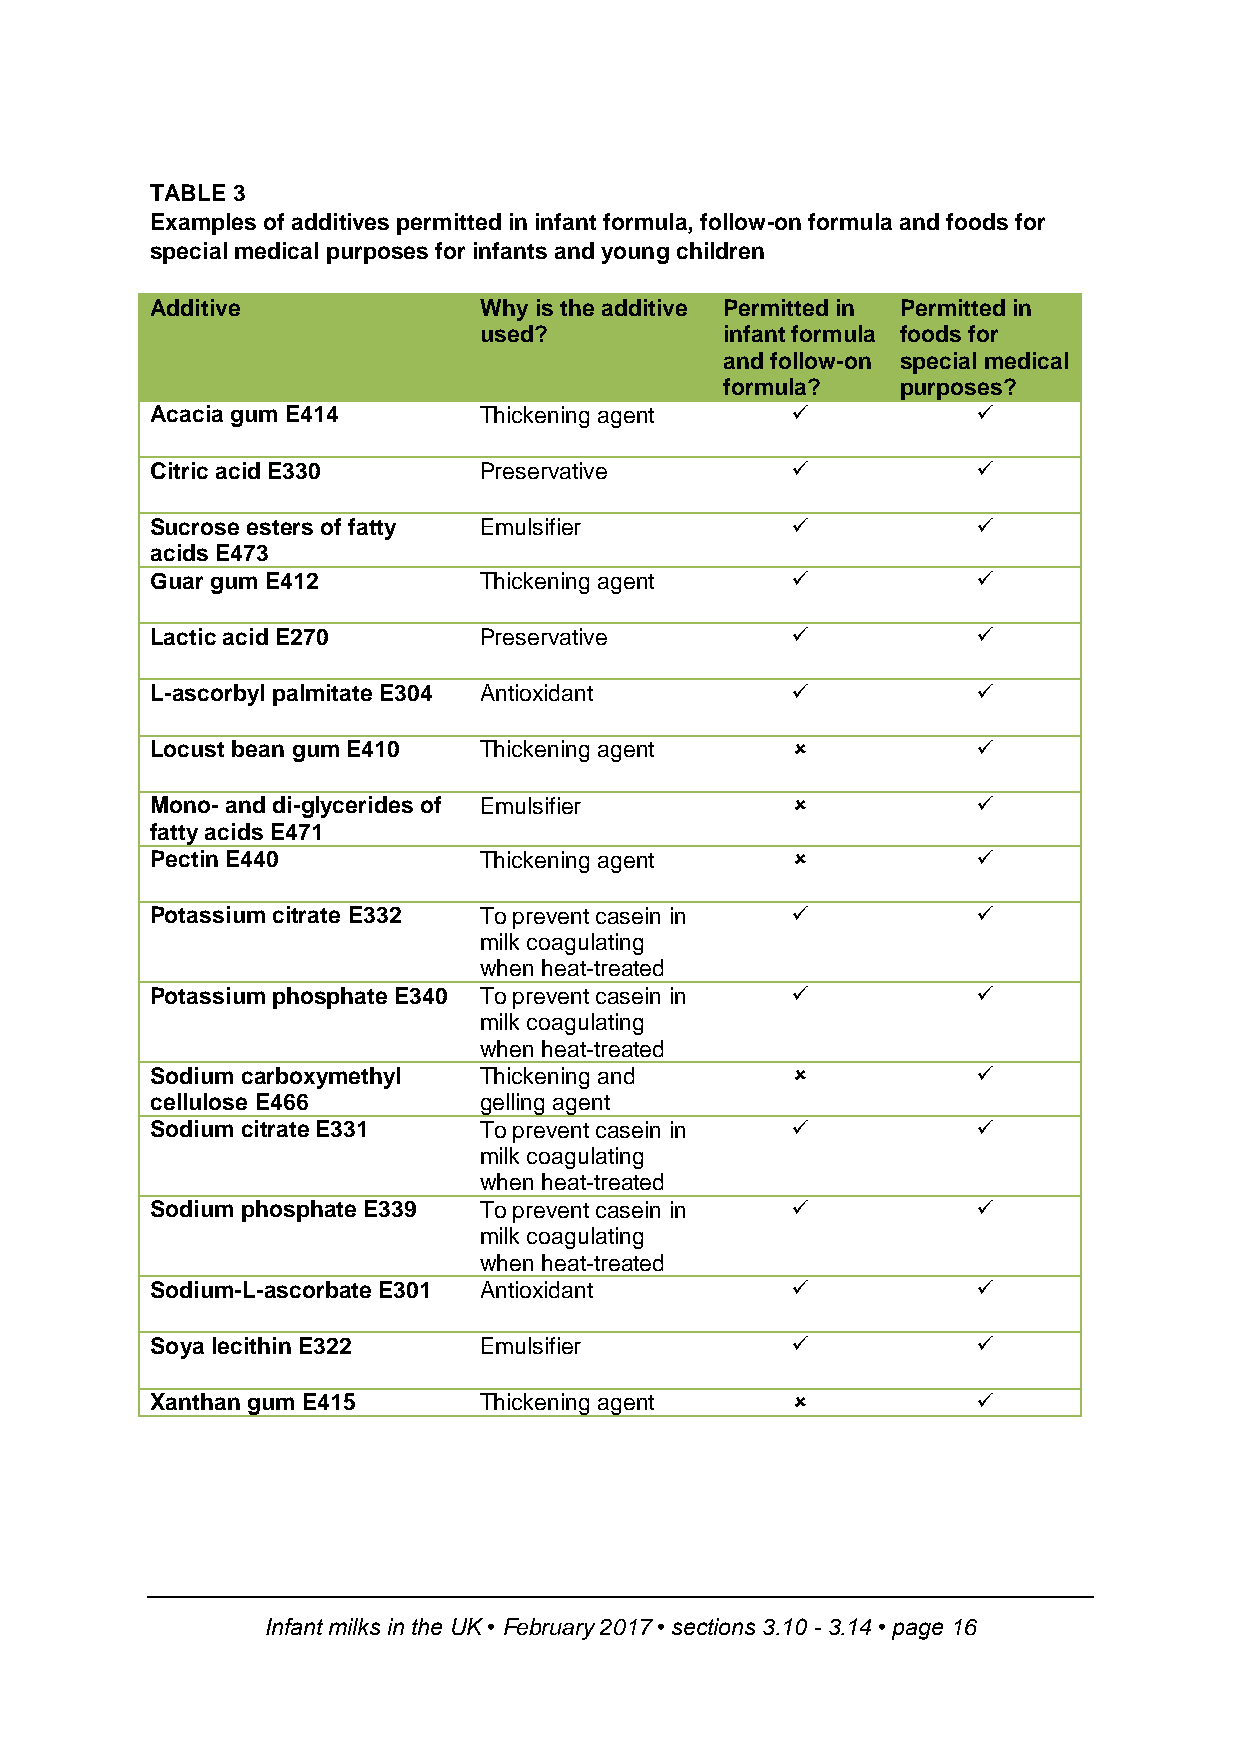
TABLE 3
 Examples of additives permitted in infant formula, follow-on formula and foods for
 special medical purposes for infants and young children
 Additive              Why is the additive Permitted in Permitted in
 used?           infant formula foods for
 and follow-on special medical
 formula?    purposes?
 Acacia gum E414       Thickening agent                
 Citric acid E330      Preservative                    
 Sucrose esters of fatty Emulsifier                    
 acids E473
 Guar gum E412         Thickening agent                
 Lactic acid E270      Preservative                    
 L-ascorbyl palmitate E304 Antioxidant                 
 Locust bean gum E410  Thickening agent                
 Mono- and di-glycerides of Emulsifier                 
 fatty acids E471
 Pectin E440           Thickening agent                
 Potassium citrate E332 To prevent casein in           
 milk coagulating
 when heat-treated
 Potassium phosphate E340 To prevent casein in         
 milk coagulating
 when heat-treated
 Sodium carboxymethyl  Thickening and                  
 cellulose E466        gelling agent
 Sodium citrate E331   To prevent casein in            
 milk coagulating
 when heat-treated
 Sodium phosphate E339 To prevent casein in            
 milk coagulating
 when heat-treated
 Sodium-L-ascorbate E301 Antioxidant                   
 Soya lecithin E322    Emulsifier                      
 Xanthan gum E415      Thickening agent                
 Infant milks in the UK • February 2017 • sections 3.10 - 3.14 • page 16